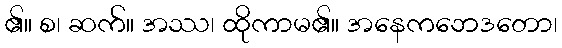
၏။ စ၊ ဆက်။ အဿ၊ ထိုကာမ၏။ အနေကဘေဒတော၊